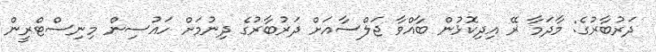
ދަރުބާރުގެ: މާދަމާ ރޭ އިދިކޮޅުން ބާއްވާ ޖަލްސާއަށް ދަރުބާރުގެ ދިނުމަށް ހައުސިން މިނިސްޓްރީން